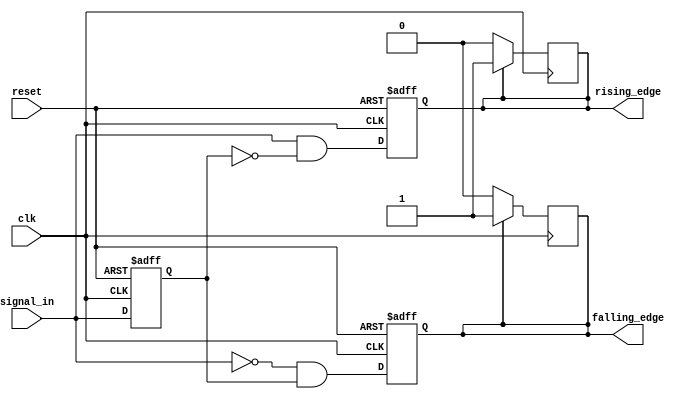
module dual_edge_detector (
    input wire clk,            // Clock input
    input wire reset,          // Asynchronous reset input
    input wire signal_in,      // Input signal to detect edges
    output reg rising_edge,    // Output signal for rising edge
    output reg falling_edge     // Output signal for falling edge
);

    reg previous_state;        // Register to store the previous state of signal_in

    always @(posedge clk or posedge reset) begin
        if (reset) begin
            // On reset, clear outputs and previous state
            previous_state <= 1'b0;
            rising_edge <= 1'b0;
            falling_edge <= 1'b0;
        end else begin
            // Edge detection logic
            rising_edge <= (signal_in == 1'b1 && previous_state == 1'b0);
            falling_edge <= (signal_in == 1'b0 && previous_state == 1'b1);
            
            // Update previous state for the next clock cycle
            previous_state <= signal_in;
        end
    end

    // Generate 1-cycle pulse for rising_edge and falling_edge
    always @(posedge clk) begin
        if (rising_edge) begin
            rising_edge <= 1'b1; // Assert rising edge output
        end else begin
            rising_edge <= 1'b0; // Deassert rising edge output after 1 cycle
        end

        if (falling_edge) begin
            falling_edge <= 1'b1; // Assert falling edge output
        end else begin
            falling_edge <= 1'b0; // Deassert falling edge output after 1 cycle
        end
    end

endmodule